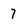
Character: 7